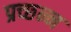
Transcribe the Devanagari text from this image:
प्रच्छ्न्न